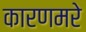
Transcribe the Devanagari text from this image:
कारणमरे